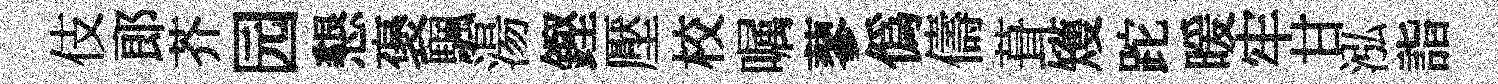
伎郎芥园懇褒颿湯鏗壓校嘱蓼偽儔葺矱跎暖牢甘泓詣